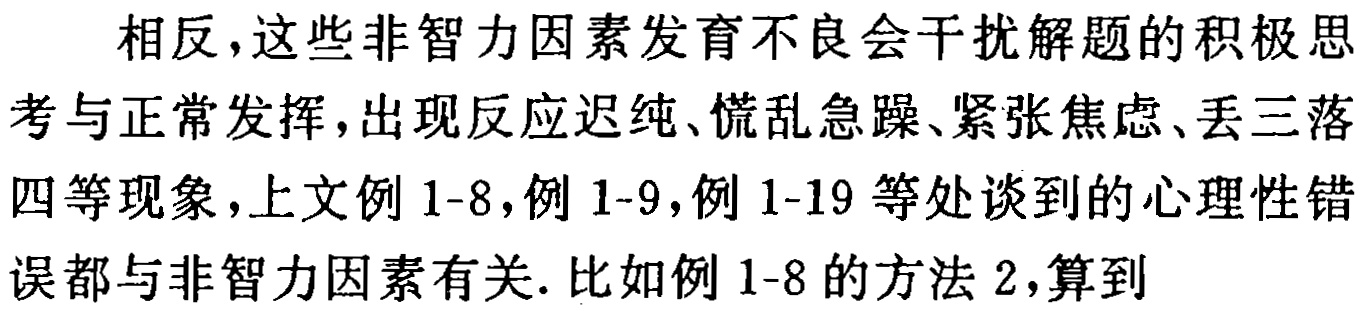
相反，这些非智力因素发育不良会干扰解题的积极思考与正常发挥，出现反应迟纯、慌乱急躁、紧张焦虑、丢三落四等现象，上文例1-8，例1-9，例1-19等处谈到的心理性错误都与非智力因素有关. 比如例1-8的方法2，算到